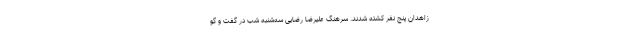
زاهدان پنج نفر کشته شدند. سرهنگ علیرضا رضایی سه‌شنبه شب در گفت و گو